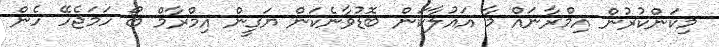
މިކަންކުރުން އިމްރާނައް މާ އައުލާކަން ބޮޑުވާނެކަން ޔަގީން އިމްރާމް ބޯ ހަމަޖެހޭ ހެން